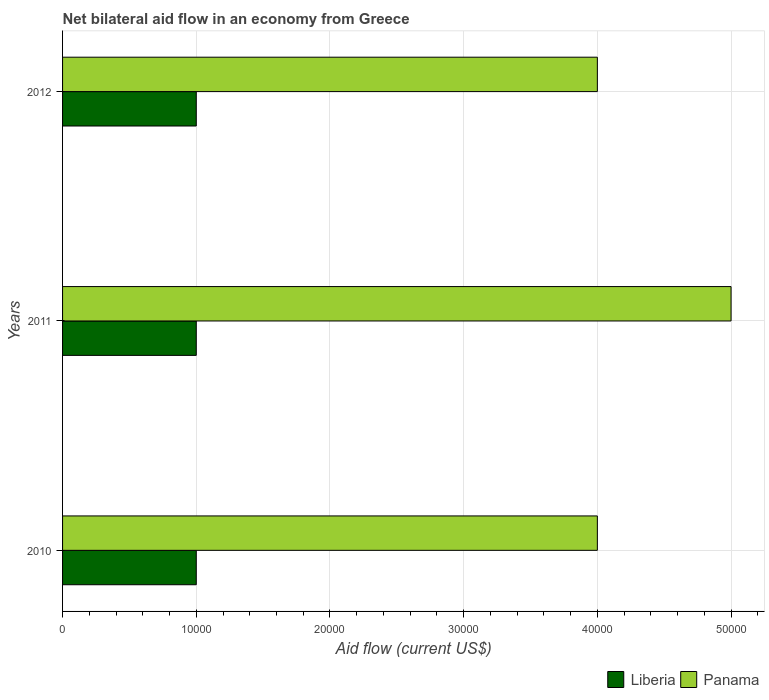
| Years | Liberia | Panama |
 | --- | --- | --- |
 | 2010 | 1e+04 | 4e+04 |
 | 2011 | 1e+04 | 5e+04 |
 | 2012 | 1e+04 | 4e+04 |